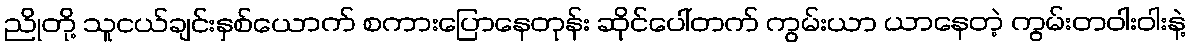
ညိုတို့ သူငယ်ချင်းနှစ်ယောက် စကားပြောနေတုန်း ဆိုင်ပေါ်တက် ကွမ်းယာ ယာနေတဲ့ ကွမ်းတဝါးဝါးနဲ့